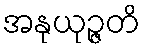
အနုယုဉ္ဇတိ